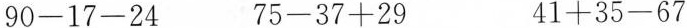
0-17-24 75-37+29 41+35-67